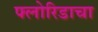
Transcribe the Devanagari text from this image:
फ्लोरिडाचा